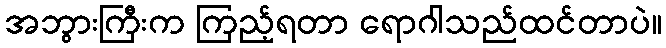
အဘွားကြီးက ကြည့်ရတာ ရောဂါသည်ထင်တာပဲ။